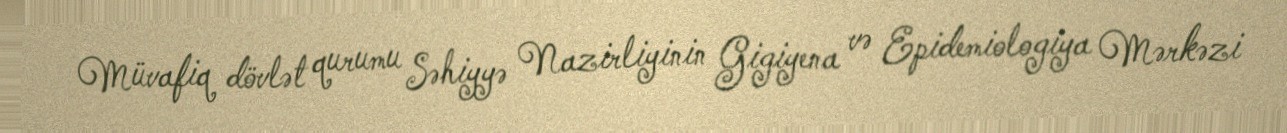
Müvafiq dövlət qurumu Səhiyyə Nazirliyinin Gigiyena və Epidemiologiya Mərkəzi